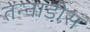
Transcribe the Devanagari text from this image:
तन्नाडीस